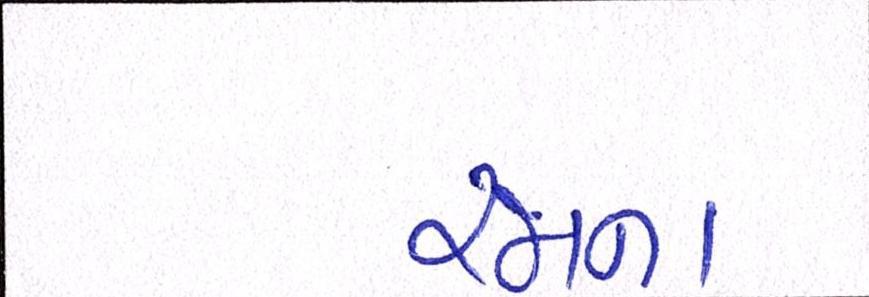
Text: રજાના